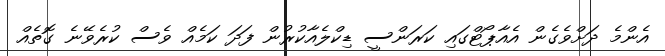
އެންމެ ދަށްވެގެން އެއާޕޯޓްގައި ކަރަންސީ ޑިކްލެއާކުރުން ފަދަ ކަމެއް ވެސް ކުރެވޭނެ ގޮތެއް